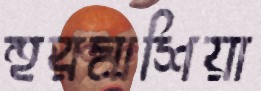
হুরমাশিয়া